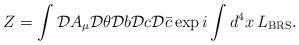
\begin{align*}Z = \int {\cal D}A_{\mu}{\cal D}\theta{\cal D}b{\cal D}c{\cal D}\bar{c}\exp i\int d^{4}x\, L_{\rm BRS} .\end{align*}